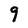
Character: 9